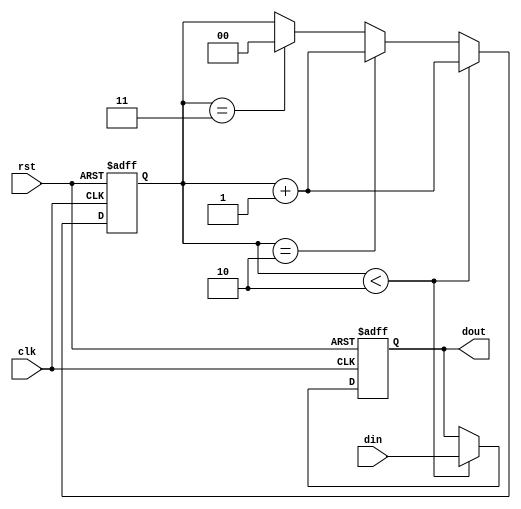
module siso_shl_buf(clk,rst,din,dout);
input clk,rst,din;
output reg dout;
// 4 bit register
parameter bits = 4;
// Internal counter for counting clock pulse
reg [bits-1:0] q;
reg [1:0] count;

always @(posedge clk or posedge rst)
  begin
    // initialize to zero when reset
    if (rst)
    begin
      q <= 0;
      dout <= 0;
      count <= 0;
    end
    // First two clocl cycles shift left
    else if (count < 2)
    begin
      q <= {q[bits-2:0], din};
      dout <= din;
      count <= count + 1'b1;
    end
    // When count is equ to 2 act as buffer 
    else if (count == 2)
    begin
      q <= q;
      dout <= dout;
      count <= count + 1'b1;
    end
    // When count is equ to 3 act as buffer 
    else if (count == 3)
    begin
      q <= q;
      dout <= dout;
      // When counter reaches max value reset to 0
      count <= 2'd0;
    end
  end
endmodule